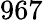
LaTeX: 967